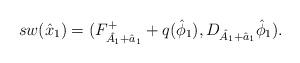
LaTeX: \begin{align*} sw( \hat{x}_1) = (F_{ \hat{A_1}+\hat{a}_1}^+ + q(\hat{\phi}_1), D_{ \hat{A}_1 + \hat{a}_1} \hat{\phi}_1).\end{align*}